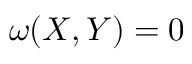
\omega ( X , Y ) = 0